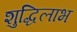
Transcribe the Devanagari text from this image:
शुद्धिलाभ